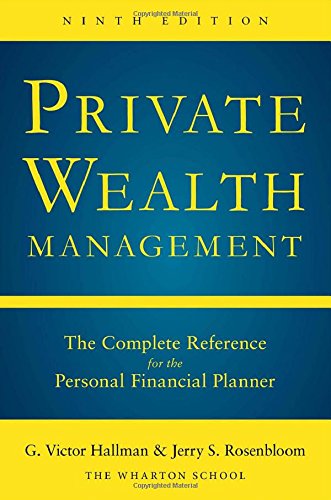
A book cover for Private Wealth Management: The Complete Reference for the Personal Financial Planner, Ninth Edition; G. Victor Hallman; Business & Money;